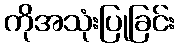
ကိုအသုံးပြုခြင်း